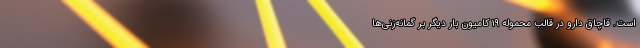
است. قاچاق دارو در قالب محموله ۱۹ کامیون بار دیگر بر گمانه‌زنی‌ها